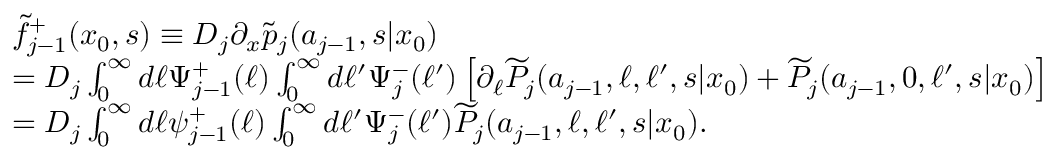
\begin{array} { r l } & { \widetilde { f } _ { j - 1 } ^ { + } ( x _ { 0 } , s ) \equiv D _ { j } \partial _ { x } \widetilde { p } _ { j } ( a _ { j - 1 } , s | x _ { 0 } ) } \\ & { = D _ { j } \int _ { 0 } ^ { \infty } d \ell \Psi _ { j - 1 } ^ { + } ( \ell ) \int _ { 0 } ^ { \infty } d \ell ^ { \prime } \Psi _ { j } ^ { - } ( \ell ^ { \prime } ) \left[ \partial _ { \ell } \widetilde { P } _ { j } ( a _ { j - 1 } , \ell , \ell ^ { \prime } , s | x _ { 0 } ) + \widetilde { P } _ { j } ( a _ { j - 1 } , 0 , \ell ^ { \prime } , s | x _ { 0 } ) \right] } \\ & { = D _ { j } \int _ { 0 } ^ { \infty } d \ell \psi _ { j - 1 } ^ { + } ( \ell ) \int _ { 0 } ^ { \infty } d \ell ^ { \prime } \Psi _ { j } ^ { - } ( \ell ^ { \prime } ) \widetilde { P } _ { j } ( a _ { j - 1 } , \ell , \ell ^ { \prime } , s | x _ { 0 } ) . } \end{array}